Annual vaccination report of Bihar and Orissa - 1911-1928
Year: 1911
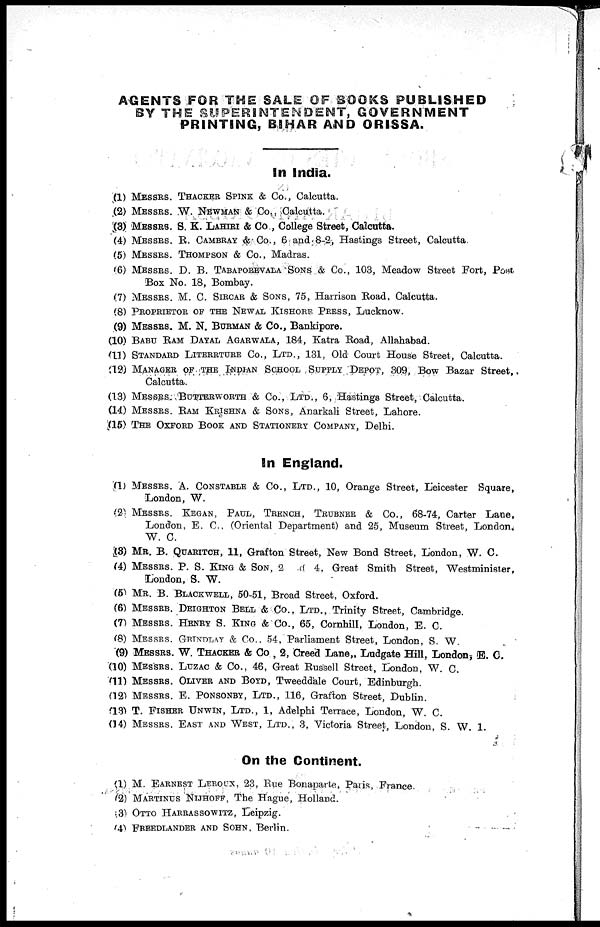
AGENTS FOR THE SALE OF BOOKS PUBLISHED
BY THE SUPERINTENDENT, GOVERNMENT
PRINTING, BIHAR AND ORISSA.
In India.
(1) MESSRS. THACKER SPINK & Co., Calcutta.
(2) MESSRS. W. NEWMAN & Co., Calcutta.
(3) MESSRS. S. K. LAHIRI & Co., College Street, Calcutta.
(4) MESSRS. R. CAMBRAY & Co., 6 and 8-2, Hastings Street, Calcutta.
(5) MESSRS. THOMPSON & Co., Madras.
(6) MESSRS. D. B. TABAPOREVALA SONS & Co., 103, Meadow Street Fort, Post
Box No. 18, Bombay.
(7) MESSRS. M. C. SIRCAR & SONS, 75, Harrison Road, Calcutta.
(8) PROPRIETOR OF THE NEWAL KISHORE PRESS, Lucknow.
(9) MESSRS. M. N. BURMAN & Co., Bankipore.
(10) BABU RAM DAYAL AGARWALA, 184, Katra Road, Allahabad.
(11) STANDARD LITERRTURE Co., LTD., 131, Old Court House Street, Calcutta.
(12) MANAGER OF THE INDIAN SCHOOL SUPPLY DEPOT, 309, Bow Bazar Street,
Calcutta.
(13) MESSRS. BUTTERWORTH & Co., LTD., 6, Hastings Street, Calcutta.
(14) MESSRS. RAM KRISHNA & SONS, Anarkali Street, Lahore.
(15) THE OXFORD BOOK AND STATIONERY COMPANY, Delhi.
In England.
(1) MESSRS. A. CONSTABLE & Co., LTD., 10, Orange Street, Leicester Square,
London, W.
(2) MESSRS. KEGAN, PAUL, TRENCH, TRUBNER & Co., 68-74, Carter Lane,
London, E. C., (Oriental Department) and 25, Museum Street, London,
W. C.
(3) MR. B. QUARITCH, 11, Grafton Street, New Bond Street, London, W. C.
(4) MESSRS. P. S. KING & SON, 2 d 4, Great Smith Street, Westminister,
London, S. W.
(5) MR. B. BLACKWELL, 50-51, Broad Street, Oxford.
(6) MESSRB. DEIGHTON BELL & Co., LTD., Trinity Street, Cambridge.
(7) MESSRS. HENRY S. KING & Co., 65, Cornhill, London, E. C.
(8) MESSRS. GRINDLAY & Co., 54, Parliament Street, London, S. W.
(9) MESSRS. W. THACKER & Co., 2, Creed Lane, Ludgate Hill, London, E. C.
(10) MESSRS. LUZAC & Co., 46, Great Russell Street, London, W. C.
(11) MESSRS. OLIVER AND BOYD, Tweeddale Court, Edinburgh.
(12) MESSRS. E. PONSONBY, LTD., 116, Grafton Street, Dublin.
(13) T. FISHER UNWIN, LTD., 1, Adelphi Terrace, London, W. C.
(14) MESSRS. EAST AND WEST, LTD., 3, Victoria Street, London, S. W. 1.
On the Continent.
(1) M. EARNEST LEROUX, 23, Rue Bonaparte, Paris, France.
(2) MARTINUS NIJHOFF, The Hague, Holland.
(3) OTTO HARRASSOWITZ, Leipzig.
(4) FREEDLANDER AND SOHN, Berlin.